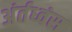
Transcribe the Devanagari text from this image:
अंर्तध्वंस